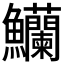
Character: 𬵿